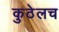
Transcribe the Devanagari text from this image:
कुठेलच